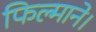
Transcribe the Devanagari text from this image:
फिल्माने।